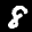
Label: 8